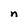
Character: n